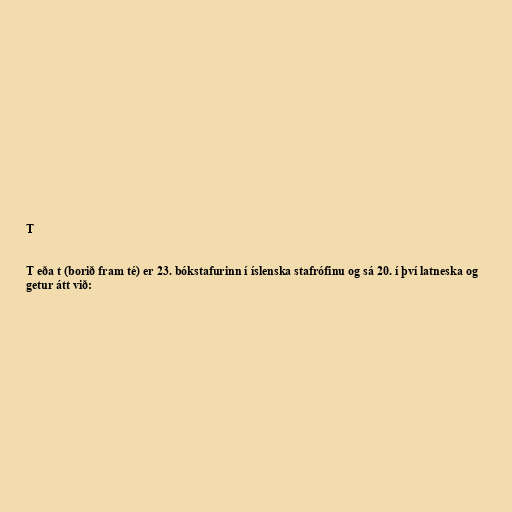
T

T eða t (borið fram té) er 23. bókstafurinn í íslenska stafrófinu og sá 20. í því latneska og
getur átt við: